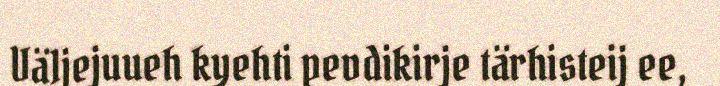
Vä1jejuueh kyehti pevdikirje tärhisteij ee,